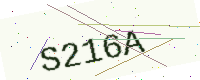
Text: S216A